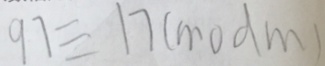
9 7 \equiv 1 7 ( m o d m )